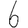
Digit: 6